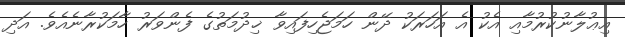
އިޢުލާނުކުރުމާއި އެކު އެ އަހަރަކު ދޭން ހަމަޖެހިފައިވާ ޚިދުމަތުގެ ފެންވަރު ހާމަކުރާނެއެވެ. އަދި